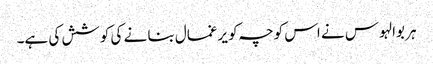
ہر بوالہوس نے اس کوچہ کو یرغمال بنا نے کی کوشش کی ہے۔